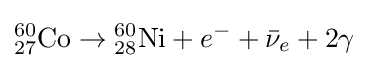
{}_{27}^{60}{\text{Co}}\rightarrow {}_{28}^{60}{\text{Ni}}+e^{-}+{\bar {\nu }}_{e}+2{\gamma }